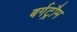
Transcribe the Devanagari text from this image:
बर्गट्रौम